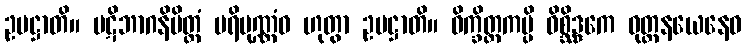
ဥပဋ္ဌာတိ။ ပဋိဘာဂနိမိတ္တံ ပရိပုဏ္ဏံဝ ဟုတွာ ဥပဋ္ဌာတိ။ ဝိက္ခိတ္တကမ္ပိ ဝိစ္ဆိဒ္ဒကေ ဝုတ္တနယေနေဝ